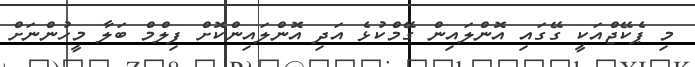
މި ޕެކޭޖްއަކީ ގޭގައި އޮންލައިން ގޭމްކުޅެ އަދި އޮންލައިންކޮށް ފިލްމް ބަލާ މީހުންނަށް